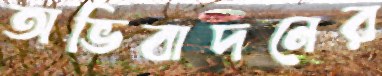
অভিবাদনের